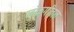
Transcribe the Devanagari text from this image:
लोकगीतात